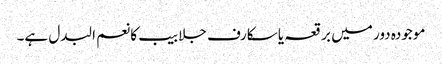
موجودہ دور میں برقعہ یا سکارف جلابیب کا نعم البدل ہے۔